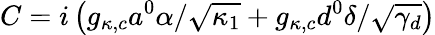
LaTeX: C=i\left(g_{\kappa,c}a^{0}\alpha/\sqrt{\kappa_{1}}+g_{\kappa,c}d^{0}\delta/\sqrt{\gamma_{d}}\right)